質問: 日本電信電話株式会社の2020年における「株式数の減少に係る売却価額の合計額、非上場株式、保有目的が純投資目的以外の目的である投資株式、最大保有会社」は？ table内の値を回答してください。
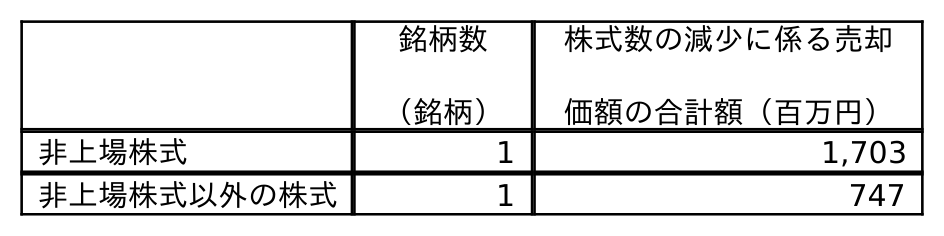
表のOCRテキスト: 銘柄数 （銘柄） 株式数の減少に係る売却 価額の合計額（百万円） 非上場株式 1 1,703 非上場株式以外の株式 1 747
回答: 1,703